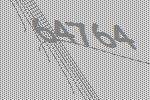
64764